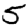
Digit: 5